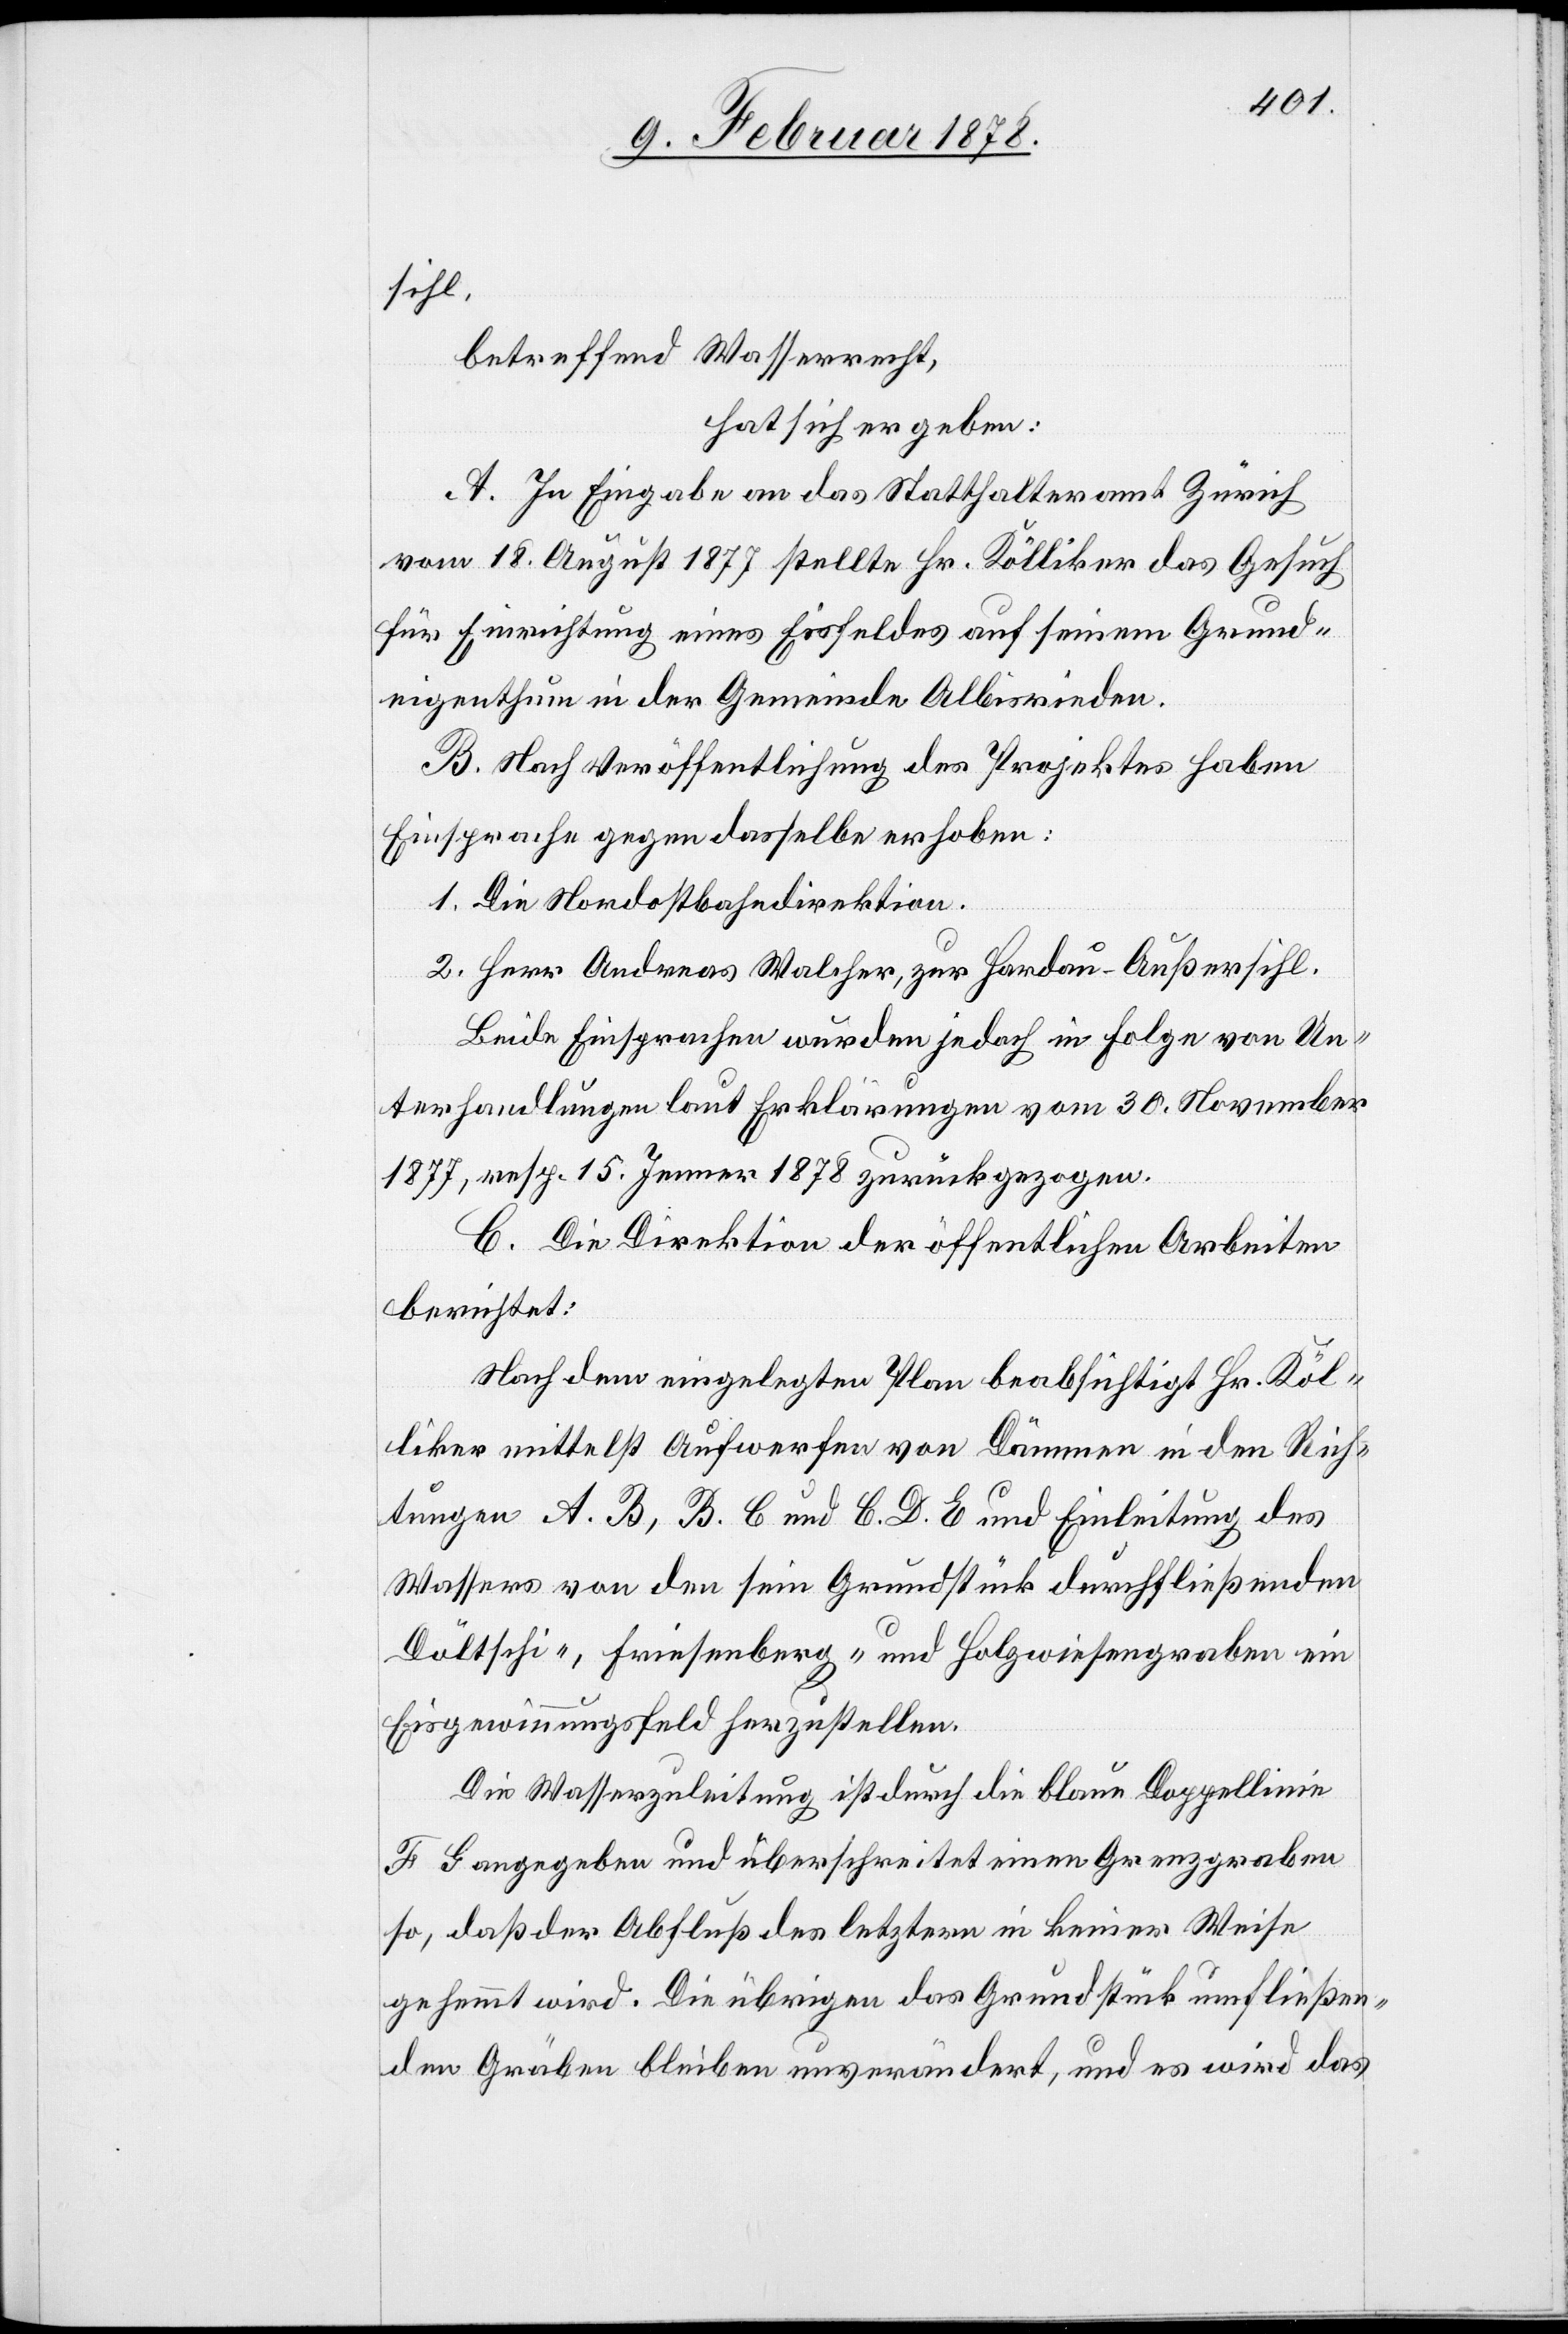
sihl,
betreffend Wasserrecht,
hat sich ergeben:
A. In Eingabe an das Statthalteramt Zürich
vom 18. August 1877 stellte Hr. Kölliker das Gesuch
für Einrichtung eines Eisfeldes auf seinem Grund¬
eigenthum in der Gemeinde Albisrieden.
B. Nach Veröffentlichung des Projektes haben
Einsprache gegen dasselbe erhoben:
1. Die Nordostbahndirektion.
2. Herr Andreas Walcher, zur Hardau - Außersihl.
Beide Einsprachen wurden jedoch in Folge von Un¬
terhandlungen laut Erklärungen vom 30. November
1877, resp. 15. Jenner 1878 zurückgezogen.
C. Die Direktion der öffentlichen Arbeiten
berichtet:
Nach dem eingelegten Plan beabsichtigt Hr. Köl¬
liker mittelst Aufwerfen von Dämmen in den Rich¬
tungen A.B, B.C und C.D.E und Einleitung des
Wassers von den sein Grundstück durchfließenden
Döltschi-, Friesenberg- und Holzwiesengraben ein
Eisgewinnungsfeld herzustellen.
Die Wasserleitung ist durch die blaue Doppellinie
F G angegeben und überschreitet einen Grenzgraben
so, daß der Abfluß des letztern in keiner Weise
gehemmt wird. Die übrigen das Grundstück umfließen¬
den Gräben bleiben unverändert, und es wird das